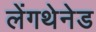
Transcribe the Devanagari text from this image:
लेंगथेनेड